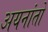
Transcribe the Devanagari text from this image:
अयनांतों